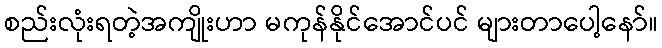
စည်းလုံးရတဲ့အကျိုးဟာ မကုန်နိုင်အောင်ပင် များတာပေါ့နော်။